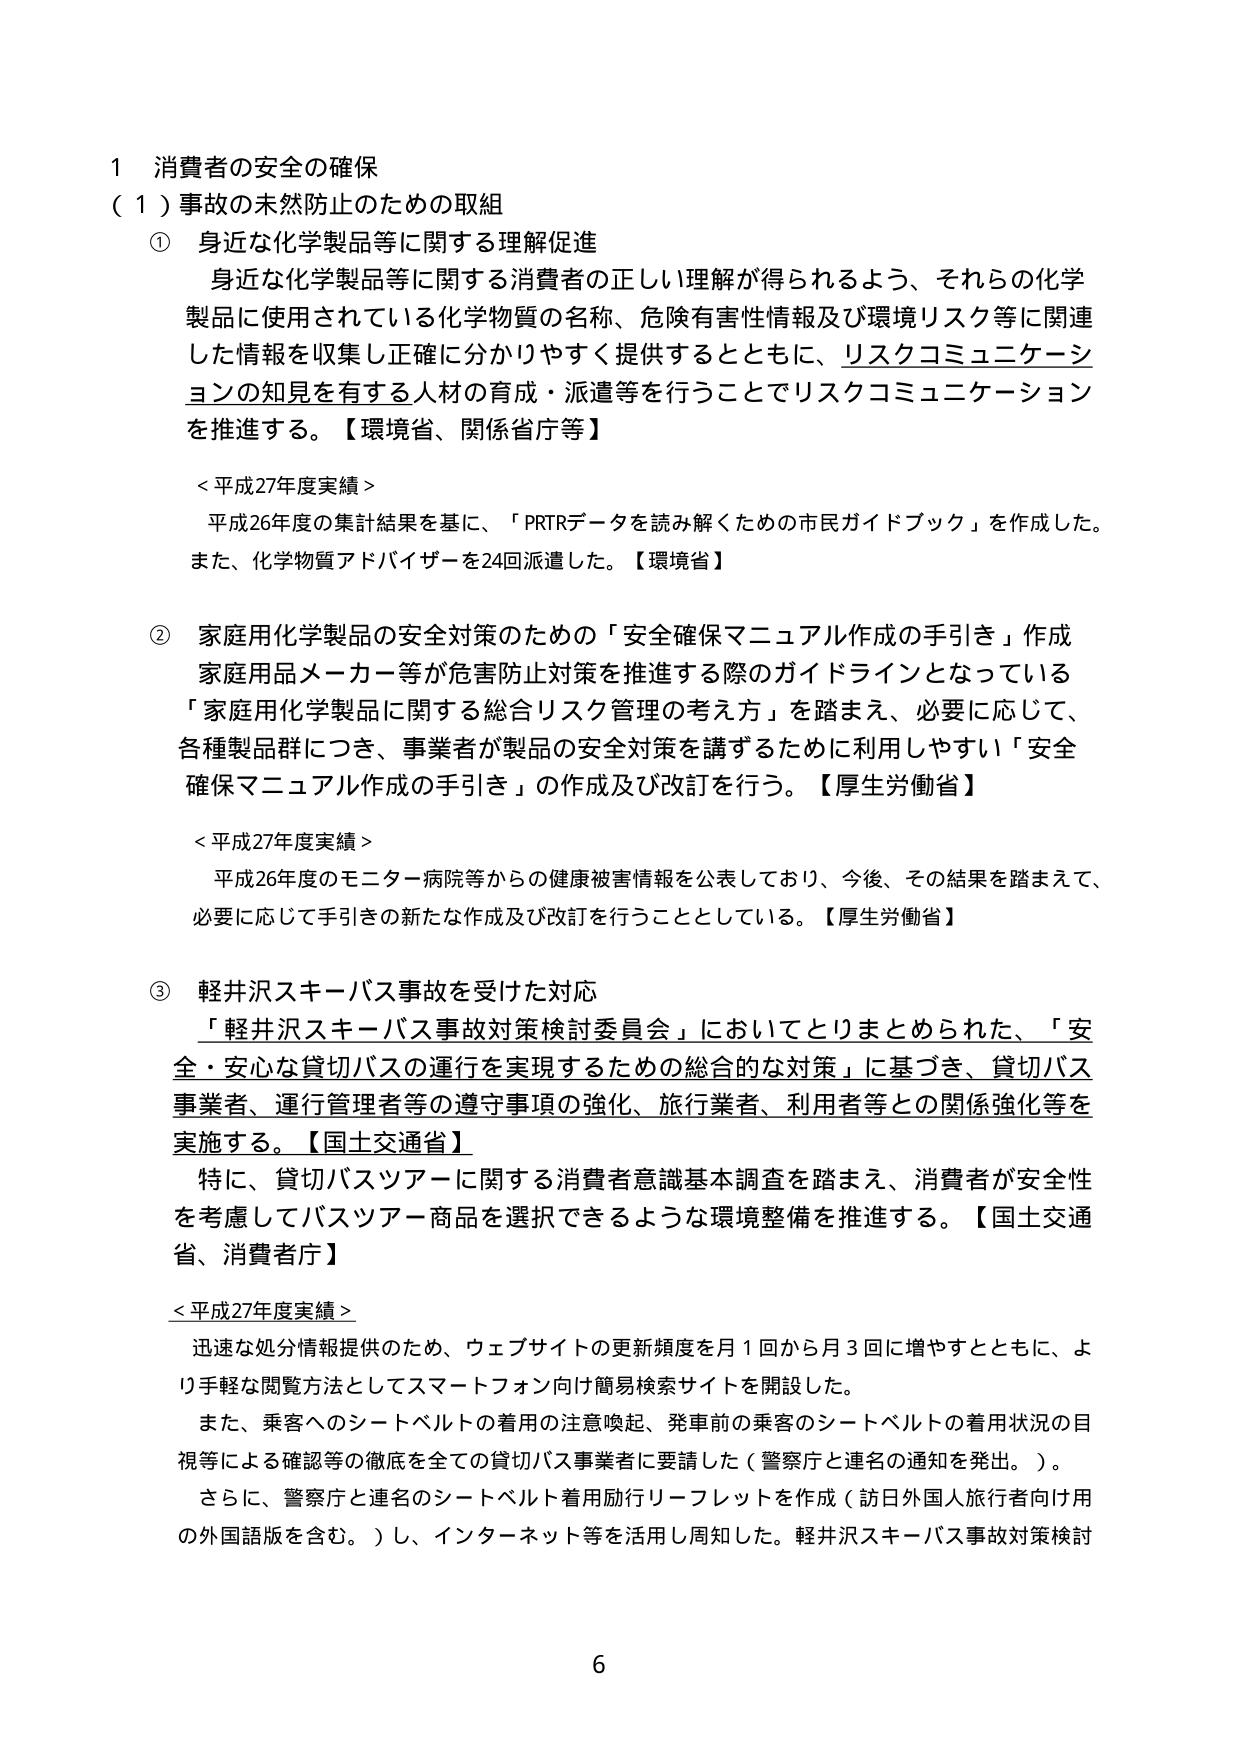
1 消費者の安全の確保
（1）事故の未然防止のための取組

① 身近な化学製品等に関する理解促進
身近な化学製品等に関する消費者の正しい理解が得られるよう、それらの化学製品に使用されている化学物質の名称、危険有害性情報及び環境リスク等に関連した情報を収集し正確に分かりやすく提供するとともに、リスクコミュニケーションの知見を有する人材の育成・派遣等を行うことでリスクコミュニケーションを推進する。【環境省、関係省庁等】

＜平成27年度実績＞
平成26年度の集計結果を基に、「PRTRデータを読み解くための市民ガイドブック」を作成した。また、化学物質アドバイザーを24回派遣した。【環境省】

② 家庭用化学製品の安全対策のための「安全確保マニュアル作成の手引き」作成
家庭用品メーカー等が危害防止対策を推進する際のガイドラインとなっている「家庭用化学製品に関する総合リスク管理の考え方」を踏まえ、必要に応じて、各種製品群につき、事業者が製品の安全対策を講ずるために利用しやすい「安全確保マニュアル作成の手引き」の作成及び改訂を行う。【厚生労働省】

＜平成27年度実績＞
平成26年度のモニター病院等からの健康被害情報を公表しており、今後、その結果を踏まえて、必要に応じて手引きの新たな作成及び改訂を行うこととしている。【厚生労働省】

③ 軽井沢スキーバス事故を受けた対応
「軽井沢スキーバス事故対策検討委員会」においてとりまとめられた、「安全・安心な貸切バスの運行を実現するための総合的な対策」に基づき、貸切バス事業者、運行管理者等の遵守事項の強化、旅行業者、利用者等との関係強化等を実施する。【国土交通省】
特に、貸切バスツアーに関する消費者意識基本調査を踏まえ、消費者が安全性を考慮してバスツアー商品を選択できるような環境整備を推進する。【国土交通省、消費者庁】

＜平成27年度実績＞
迅速な処分情報提供のため、ウェブサイトの更新頻度を月1回から月3回に増やすとともに、より手軽な閲覧方法としてスマートフォン向け簡易検索サイトを開設した。
また、乗客へのシートベルトの着用の注意喚起、発車前の乗客のシートベルトの着用状況の目視等による確認等の徹底を全ての貸切バス事業者に要請した（警察庁と連名の通知を発出。）。
さらに、警察庁と連名のシートベルト着用励行リーフレットを作成（訪日外国人旅行者向け用の外国語版を含む。）し、インターネット等を活用し周知した。軽井沢スキーバス事故対策検討

6